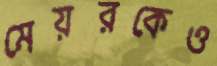
মেয়রকেও